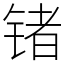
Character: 锗